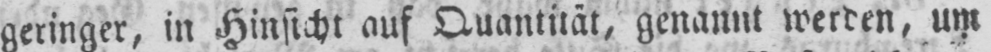
geringer, in Hinsicht auf Quantität, genannt werden, um